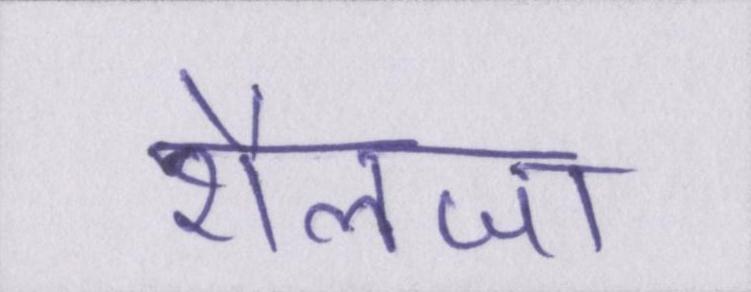
शैलजा